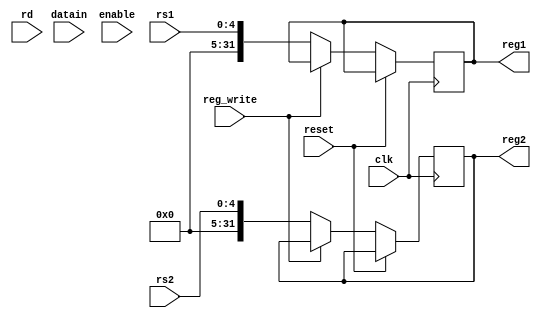
module regFile(rs2, rs1, rd, datain, clk, reset, enable, reg_write, reg1, reg2);
		
		input [4:0] rs1, rs2, rd; 
		input [31:0] datain; 
		input clk, reset, reg_write, enable; 
		output reg [31:0] reg1, reg2;
		
		reg [31:0] regFile_contents[31:0]; reg[31:0] one, two;
		
		
		integer k;

		always @(posedge clk)
		begin
		if (reset==1'b1)
		begin
			for (k=0; k<31; k=k+1) 
			begin
				regFile_contents[k] = 31'b0;
			end
		end 

		else if (reg_write == 1'b1) begin 
			regFile_contents[rd] <= datain; 
		end
		else begin 
		 one = regFile_contents[rs1];
		 two = regFile_contents[rs2];
		 reg1 = rs1;
		 reg2 = rs2;
		end
		
end

endmodule